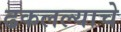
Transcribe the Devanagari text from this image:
ढकलल्याचे